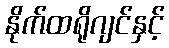
နိုက်ထရိုဂျင်နှင့်